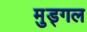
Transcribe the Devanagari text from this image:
मुड्गल